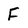
Character: F